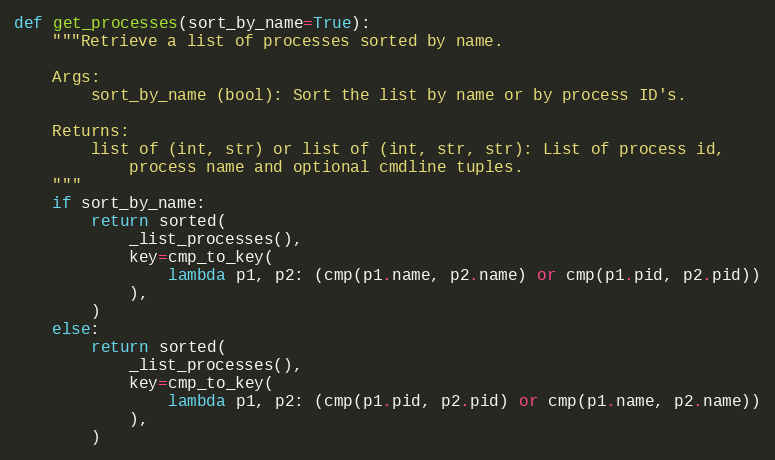
Language: Python
def get_processes(sort_by_name=True):
    """Retrieve a list of processes sorted by name.

    Args:
        sort_by_name (bool): Sort the list by name or by process ID's.

    Returns:
        list of (int, str) or list of (int, str, str): List of process id,
            process name and optional cmdline tuples.
    """
    if sort_by_name:
        return sorted(
            _list_processes(),
            key=cmp_to_key(
                lambda p1, p2: (cmp(p1.name, p2.name) or cmp(p1.pid, p2.pid))
            ),
        )
    else:
        return sorted(
            _list_processes(),
            key=cmp_to_key(
                lambda p1, p2: (cmp(p1.pid, p2.pid) or cmp(p1.name, p2.name))
            ),
        )